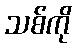
သစ်ကို